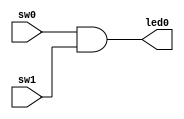
module Ex1 (sw0, sw1, led0);
	input sw0, sw1;
	output led0;
	and (led0, sw0, sw1);
endmodule